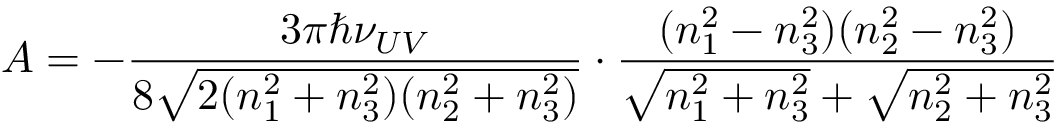
A = - \frac { 3 \pi \hbar \nu _ { U V } } { 8 \sqrt { 2 ( n _ { 1 } ^ { 2 } + n _ { 3 } ^ { 2 } ) ( n _ { 2 } ^ { 2 } + n _ { 3 } ^ { 2 } ) } } \cdot \frac { ( n _ { 1 } ^ { 2 } - n _ { 3 } ^ { 2 } ) ( n _ { 2 } ^ { 2 } - n _ { 3 } ^ { 2 } ) } { \sqrt { n _ { 1 } ^ { 2 } + n _ { 3 } ^ { 2 } } + \sqrt { n _ { 2 } ^ { 2 } + n _ { 3 } ^ { 2 } } }